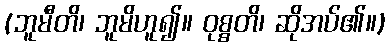
(ဘူမီတိ၊ ဘူမိဟူ၍။ ဝုစ္စတိ၊ ဆိုအပ်၏။)